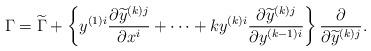
LaTeX: \begin{align*}\Gamma =\widetilde{\Gamma }+\left\{y^{(1)i}\displaystyle\frac{\partial \widetilde{y}^{(k)j}}{\partial x^i}+\cdots+ky^{(k)i}\displaystyle\frac{\partial \widetilde{y}^{(k)j}}{\partial y^{(k-1)i}}\right\} \displaystyle\frac \partial {\partial \widetilde{y}^{(k)j}}.\end{align*}